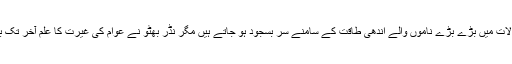
ایسے حالات میں بڑے بڑے ناموں والے اندھی طاقت کے سامنے سر بسجود ہو جاتے ہیں مگر نڈر بھٹو نے عوام کی غیرت کا علم آخر تک بلند رکھا۔